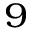
^ 9